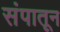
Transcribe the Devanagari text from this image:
संपातून